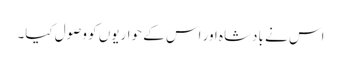
اس نے بادشاہ اور اس کے حواریوں کو وصول کیا۔